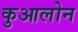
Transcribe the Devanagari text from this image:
कुआलोन